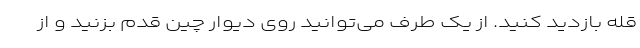
قله بازدید کنید. از یک طرف می‌توانید روی دیوار چین قدم بزنید و از